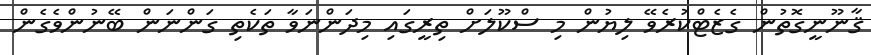
ޤާނޫނީގޮތުން ގެޒެޓްކުރެވޭ ލިޔުން މި ސްކޫލަށް ތިރީގައި މިދަންނަވާ ތަކެތި ގަންނަން ބޭނުންވެގެން